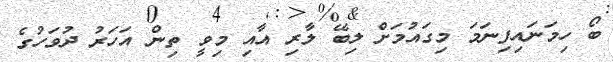
ބޯ ހިމަނައިފިނަމަ މިގައުމަށް ލިބޭ ލާރި އާއި މިވީ ތިން އަހަރު ދުވަހުގެ